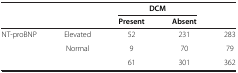
<table><thead><tr><td><b> </b></td><td><b> </b></td><td colspan="2"><b>DCM</b></td><td><b> </b></td></tr><tr><td><b> </b></td><td><b> </b></td><td><b>Present</b></td><td><b>Absent</b></td><td><b> </b></td></tr></thead><tbody><tr><td>NT-proBNP</td><td>Elevated</td><td>52</td><td>231</td><td>283</td></tr><tr><td> </td><td>Normal</td><td>9</td><td>70</td><td>79</td></tr><tr><td> </td><td> </td><td>61</td><td>301</td><td>362</td></tr></tbody></table>